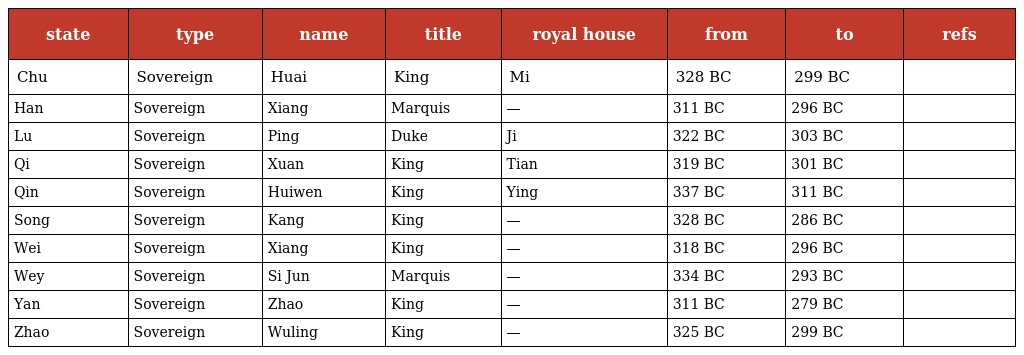
| state | type | name | title | royal house | from | to | refs |
 | --- | --- | --- | --- | --- | --- | --- | --- |
 | Chu | Sovereign | Huai | King | Mi | 328 BC | 299 BC |  |
 | Han | Sovereign | Xiang | Marquis | — | 311 BC | 296 BC |  |
 | Lu | Sovereign | Ping | Duke | Ji | 322 BC | 303 BC |  |
 | Qi | Sovereign | Xuan | King | Tian | 319 BC | 301 BC |  |
 | Qin | Sovereign | Huiwen | King | Ying | 337 BC | 311 BC |  |
 | Song | Sovereign | Kang | King | — | 328 BC | 286 BC |  |
 | Wei | Sovereign | Xiang | King | — | 318 BC | 296 BC |  |
 | Wey | Sovereign | Si Jun | Marquis | — | 334 BC | 293 BC |  |
 | Yan | Sovereign | Zhao | King | — | 311 BC | 279 BC |  |
 | Zhao | Sovereign | Wuling | King | — | 325 BC | 299 BC |  |